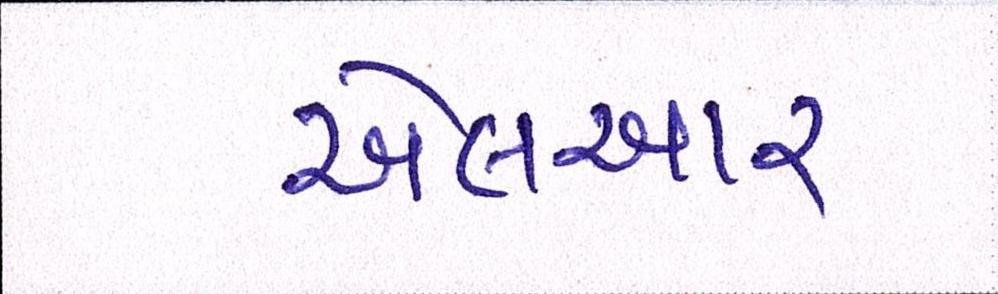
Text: એલઆર